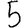
Digit: 5